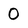
Character: O